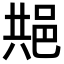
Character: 𬩺